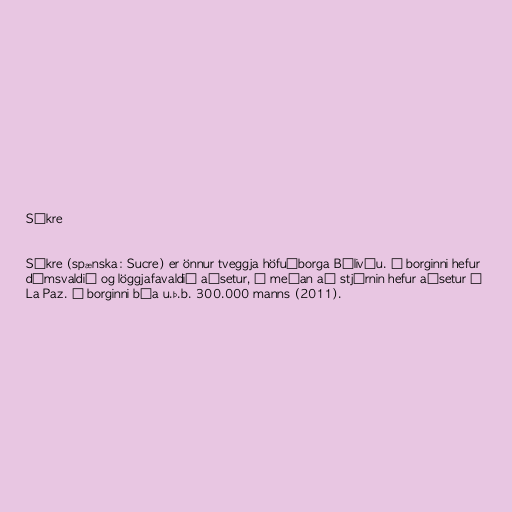
Súkre

Súkre (spænska: Sucre) er önnur tveggja höfuðborga Bólivíu. Í borginni hefur
dómsvaldið og löggjafavaldið aðsetur, á meðan að stjórnin hefur aðsetur í
La Paz. Í borginni búa u.þ.b. 300.000 manns (2011).